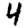
Digit: 4